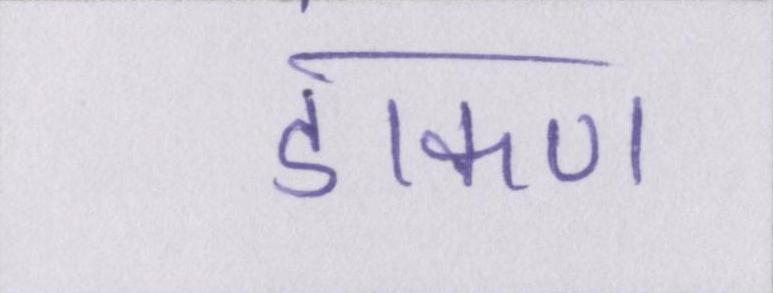
डाकण